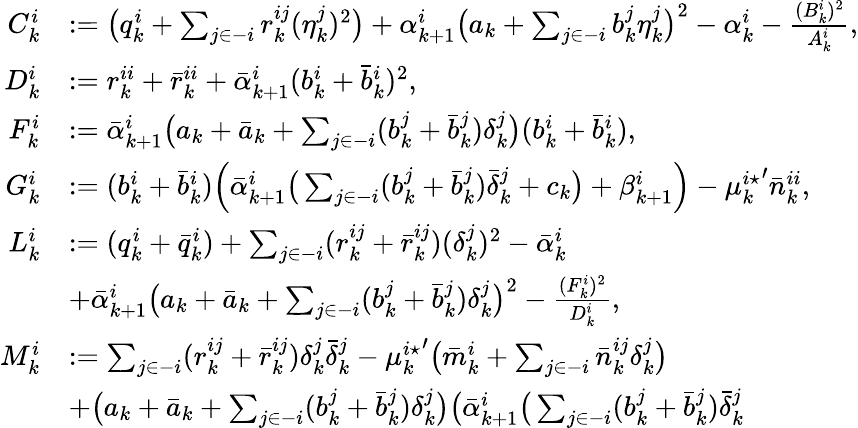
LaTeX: \begin{array}{rl}{C_{k}^{i}}&{:=\big(q_{k}^{i}+\sum_{j\in-i}r_{k}^{ij}(\eta_{k}^{j})^{2}\big)+\alpha_{k+1}^{i}\big(a_{k}+\sum_{j\in-i}b_{k}^{j}\eta_{k}^{j}\big)^{2}-\alpha_{k}^{i}-\frac{(B_{k}^{i})^{2}}{A_{k}^{i}},}\\ {D_{k}^{i}}&{:=r_{k}^{ii}+\bar{r}_{k}^{ii}+\bar{\alpha}_{k+1}^{i}(b_{k}^{i}+\bar{b}_{k}^{i})^{2},}\\ {F_{k}^{i}}&{:=\bar{\alpha}_{k+1}^{i}\big(a_{k}+\bar{a}_{k}+\sum_{j\in-i}(b_{k}^{j}+\bar{b}_{k}^{j})\delta_{k}^{j}\big)(b_{k}^{i}+\bar{b}_{k}^{i}),}\\ {G_{k}^{i}}&{:=(b_{k}^{i}+\bar{b}_{k}^{i})\Big(\bar{\alpha}_{k+1}^{i}\big(\sum_{j\in-i}(b_{k}^{j}+\bar{b}_{k}^{j})\bar{\delta}_{k}^{j}+c_{k}\big)+\beta_{k+1}^{i}\Big)-{\mu_{k}^{i\star}}^{\prime}\bar{n}_{k}^{ii},}\\ {L_{k}^{i}}&{:=(q_{k}^{i}+\bar{q}_{k}^{i})+\sum_{j\in-i}(r_{k}^{ij}+\bar{r}_{k}^{ij})(\delta_{k}^{j})^{2}-\bar{\alpha}_{k}^{i}}\\ &{+\bar{\alpha}_{k+1}^{i}\big(a_{k}+\bar{a}_{k}+\sum_{j\in-i}(b_{k}^{j}+\bar{b}_{k}^{j})\delta_{k}^{j}\big)^{2}-\frac{(F_{k}^{i})^{2}}{D_{k}^{i}},}\\ {M_{k}^{i}}&{:=\sum_{j\in-i}(r_{k}^{ij}+\bar{r}_{k}^{ij})\delta_{k}^{j}\bar{\delta}_{k}^{j}-{\mu_{k}^{i\star}}^{\prime}\big(\bar{m}_{k}^{i}+\sum_{j\in-i}\bar{n}_{k}^{ij}\delta_{k}^{j}\big)}\\ &{+\big(a_{k}+\bar{a}_{k}+\sum_{j\in-i}(b_{k}^{j}+\bar{b}_{k}^{j})\delta_{k}^{j}\big)\big(\bar{\alpha}_{k+1}^{i}\big(\sum_{j\in-i}(b_{k}^{j}+\bar{b}_{k}^{j})\bar{\delta}_{k}^{j}}\end{array}